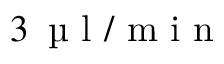
3 \, \mathrm { ~ \textmu ~ l ~ } / \mathrm { ~ m ~ i ~ n ~ }